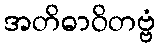
အတိဓာဝိတဗ္ဗံ